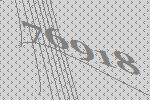
76918